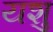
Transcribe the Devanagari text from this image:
यशु